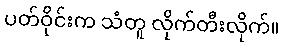
ပတ်ဝိုင်းက သံတူ လိုက်တီးလိုက်။